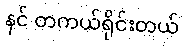
နင် တကယ်ရိုင်းတယ်